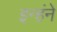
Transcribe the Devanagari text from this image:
इन्हंने